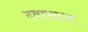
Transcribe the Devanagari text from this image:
दवासाज